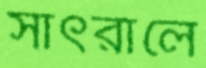
সাঁৎরালে